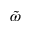
\tilde { \omega }